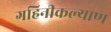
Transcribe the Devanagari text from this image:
गहिनीकल्याण